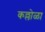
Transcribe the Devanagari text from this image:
कल्लोळा